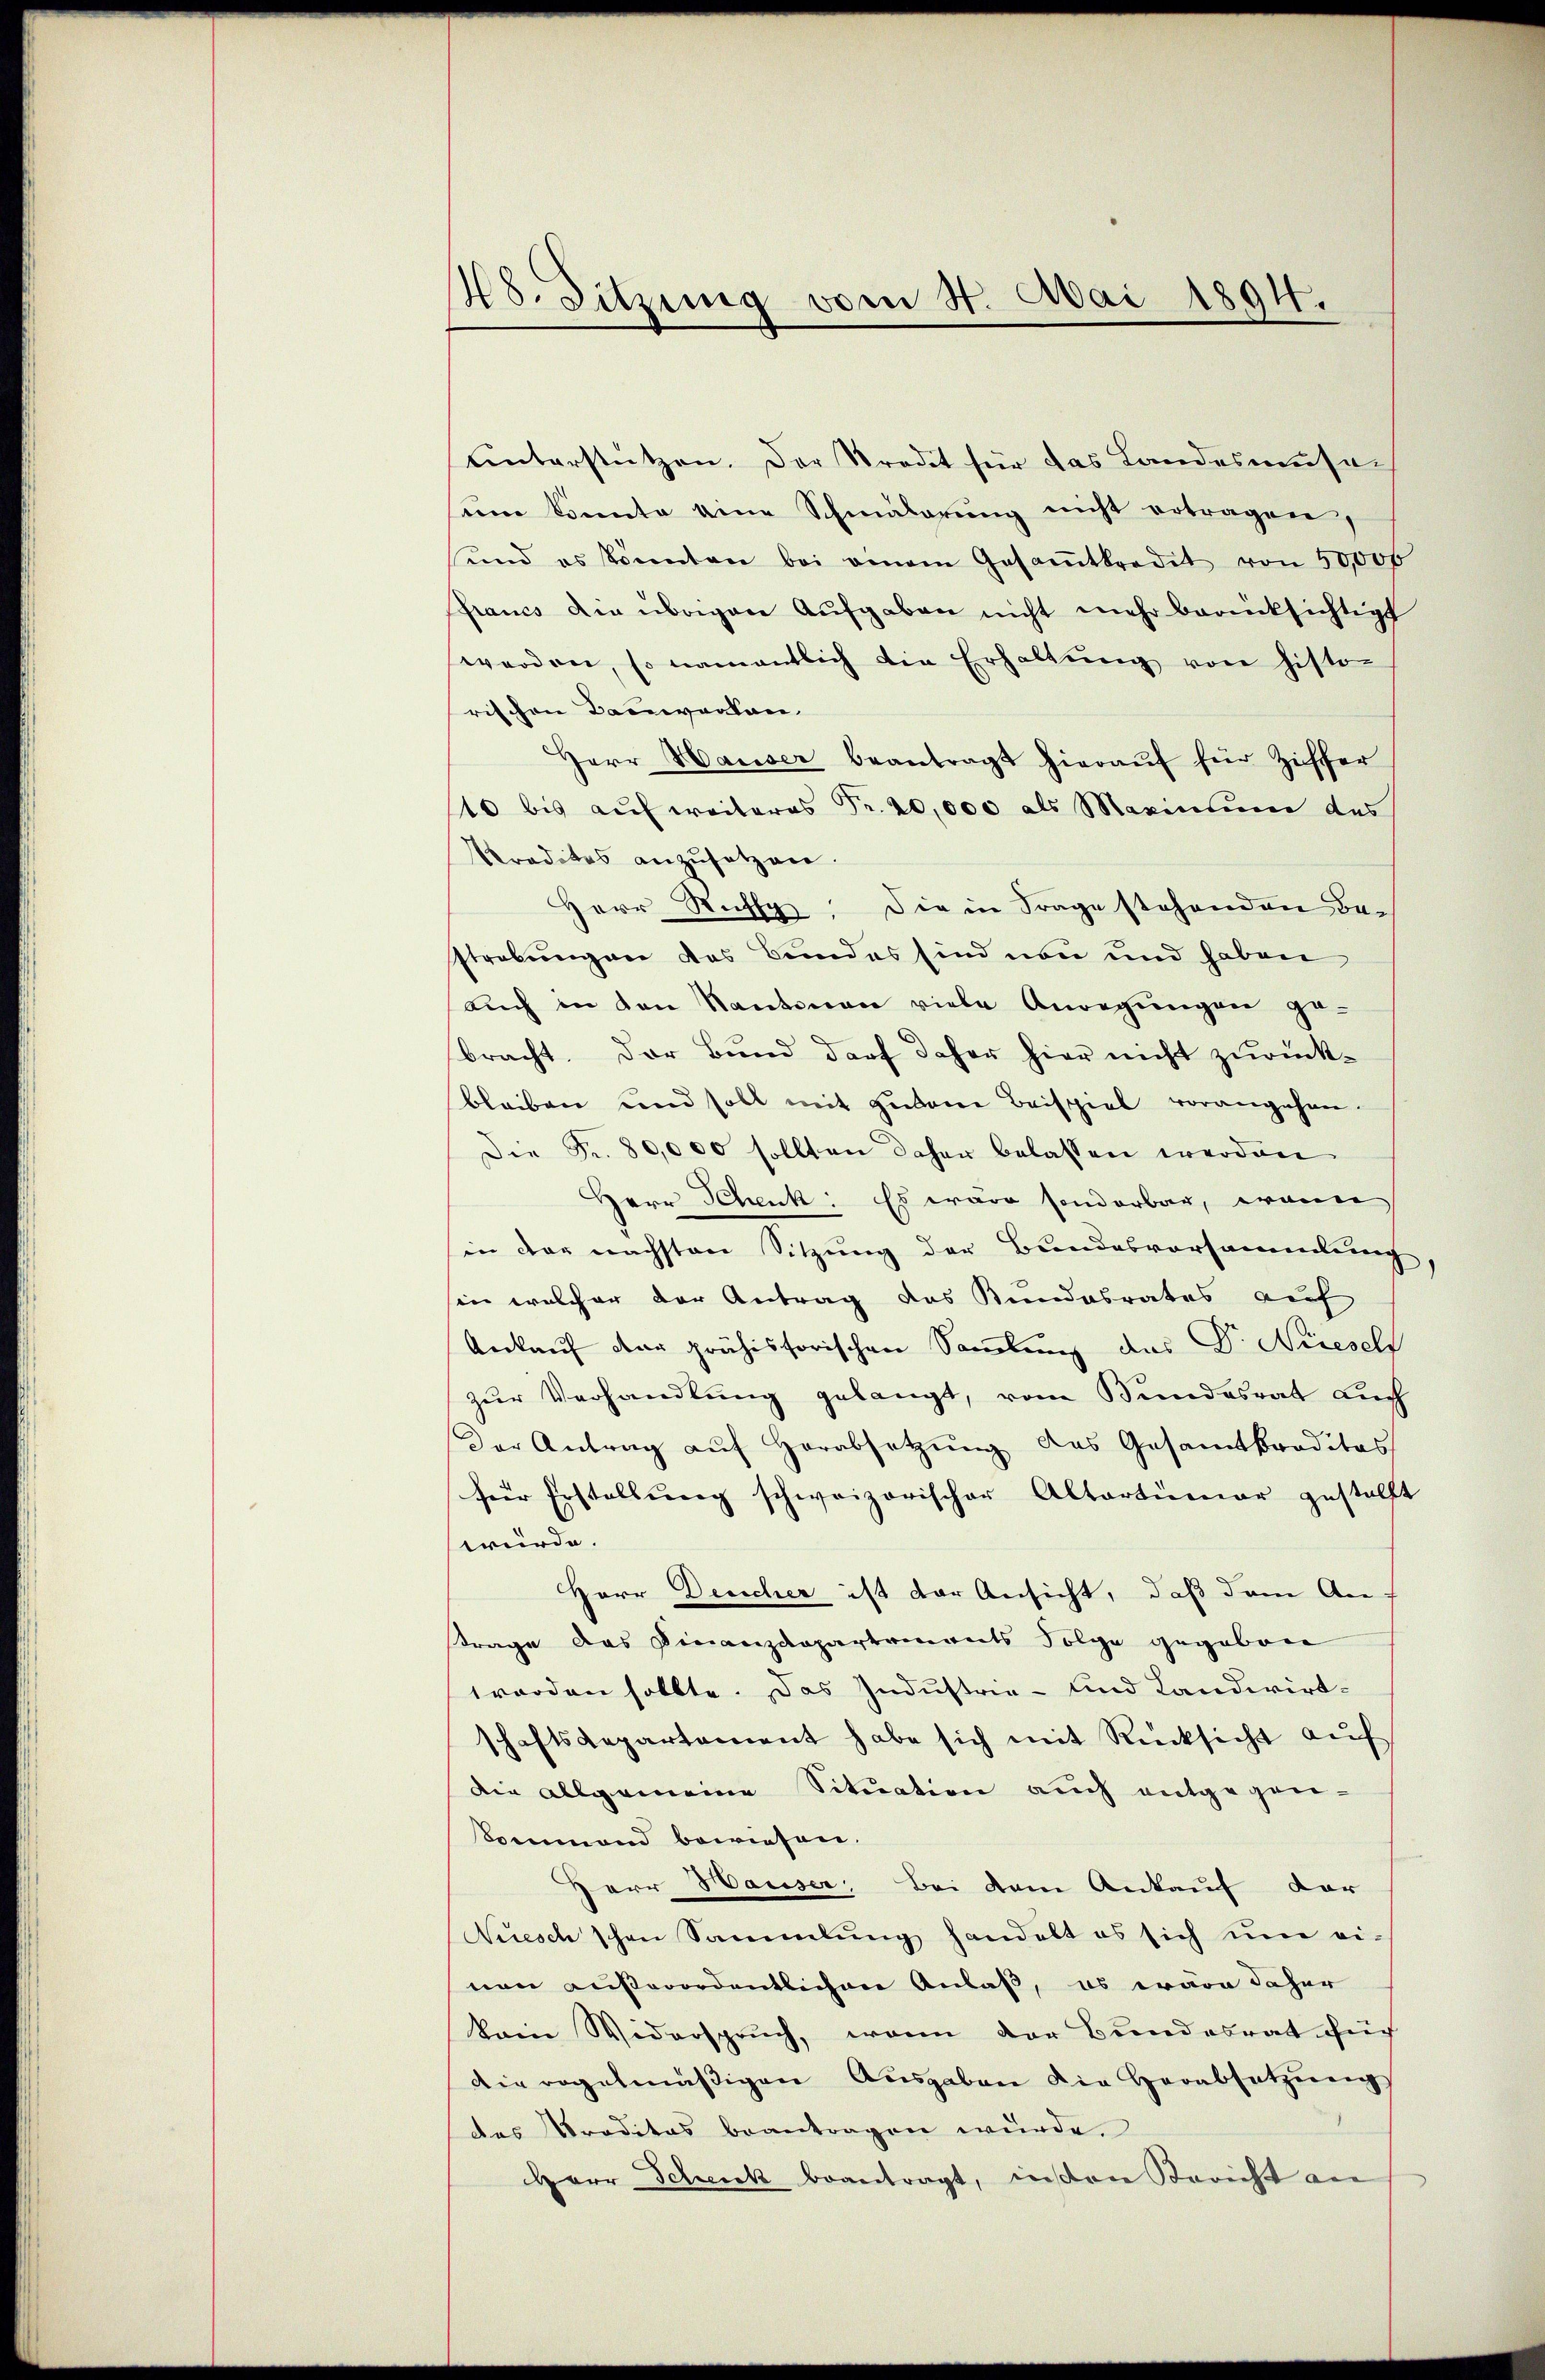
48. Sitzung vom 4. Mai 1894.

unterstützen. Der Stredit für das Landesmusa-
sein konnte eine Schmälerŭng nicht ertragen,
und es könnten bei einem Gesaṁtkredit von 50,000
francs Die übrigen Aufgaben nicht mehr berücksichtigt
werden, so namentlich die Erhaltŭng von histo-
rischen Dauerlan
Herr Hauser beantragt hierauf für Ziffer
/10 bis auf weiteres Fr. 20,000 als Marinium des
Sraditas anzŭsetzen.
Herr Rutty, die in Frage stehenden Bestrebungen das Bundes sind von und haben
aŭch in den Kantonen viele Anregŭngen ge-
bracht. Der Bund darf daher hier nicht zurückbleiben und soll mit zubaue Beispiel vorangehen.
Die Fr. 80,000 sollten daher belassen werden
Herr Schenk. Es wäre sonderbar, wenn
in der nächsten Sitzung der Bundesvorsammlung,
sin welcher der Antrag das Bundesrates auf
Ankauf der prähissorischen Samlung des Dr. Niesell
zur Verhandlung gelangt, vom Bundesrat auch
der Antrag aŭf herabsetzŭng des Gesamtkraditas
für Erstellŭng schweizerischer Altartimer gestellt
würde.
Herr Deucher ist der Ansicht, daß dem An-
trage das Finanzdepartements Folge gegeben
worden sollte. Das Industrie- und Landwirtschaftsdepartement habe sich mit Rücksicht aŭf
die allgemeine Situation auch entgegen-
Sommend bewiesen.
Herr Hauser: Bei dem Ankauf der
Nuesch schon Sammlung handelt es sich um ei-
nen außerordentlichere Anlaß, es wäre daher
kein Widerspruch, wenn der Bundesrat für
Die regelmäßigen Ausgaben die Herabsetzung
des Preditas beantragen würde.
Herr Schenk beantragt, inden Bericht auf